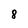
Character: 8